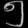
Digit: ၅